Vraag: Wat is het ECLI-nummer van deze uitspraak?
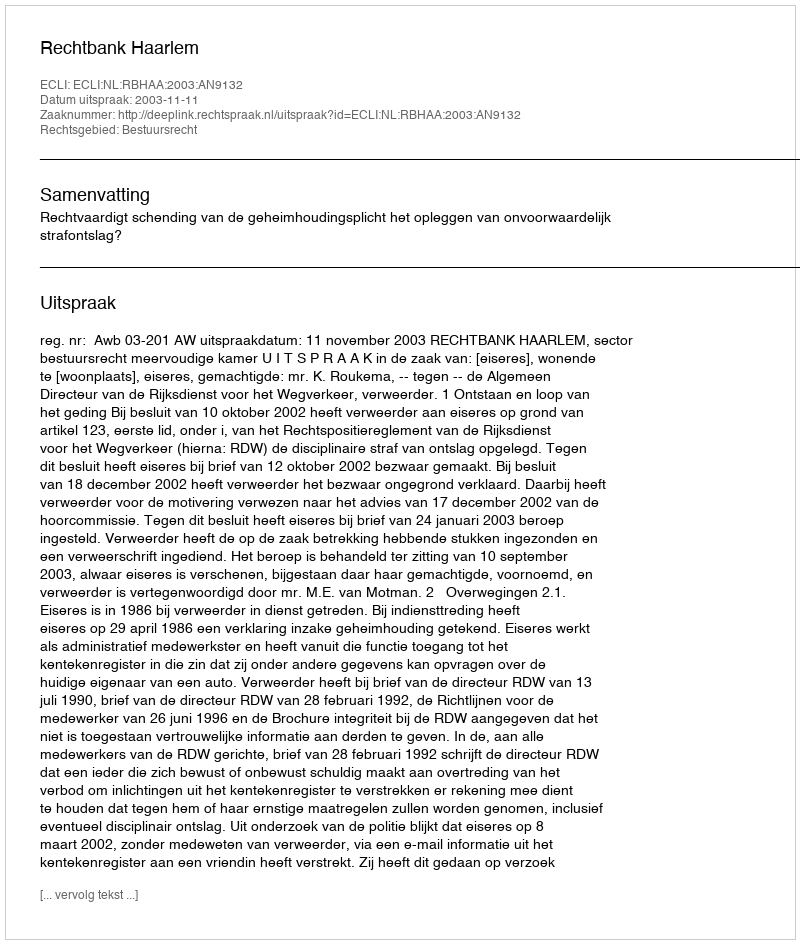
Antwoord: ECLI:NL:RBHAA:2003:AN9132